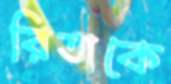
রিতাকে